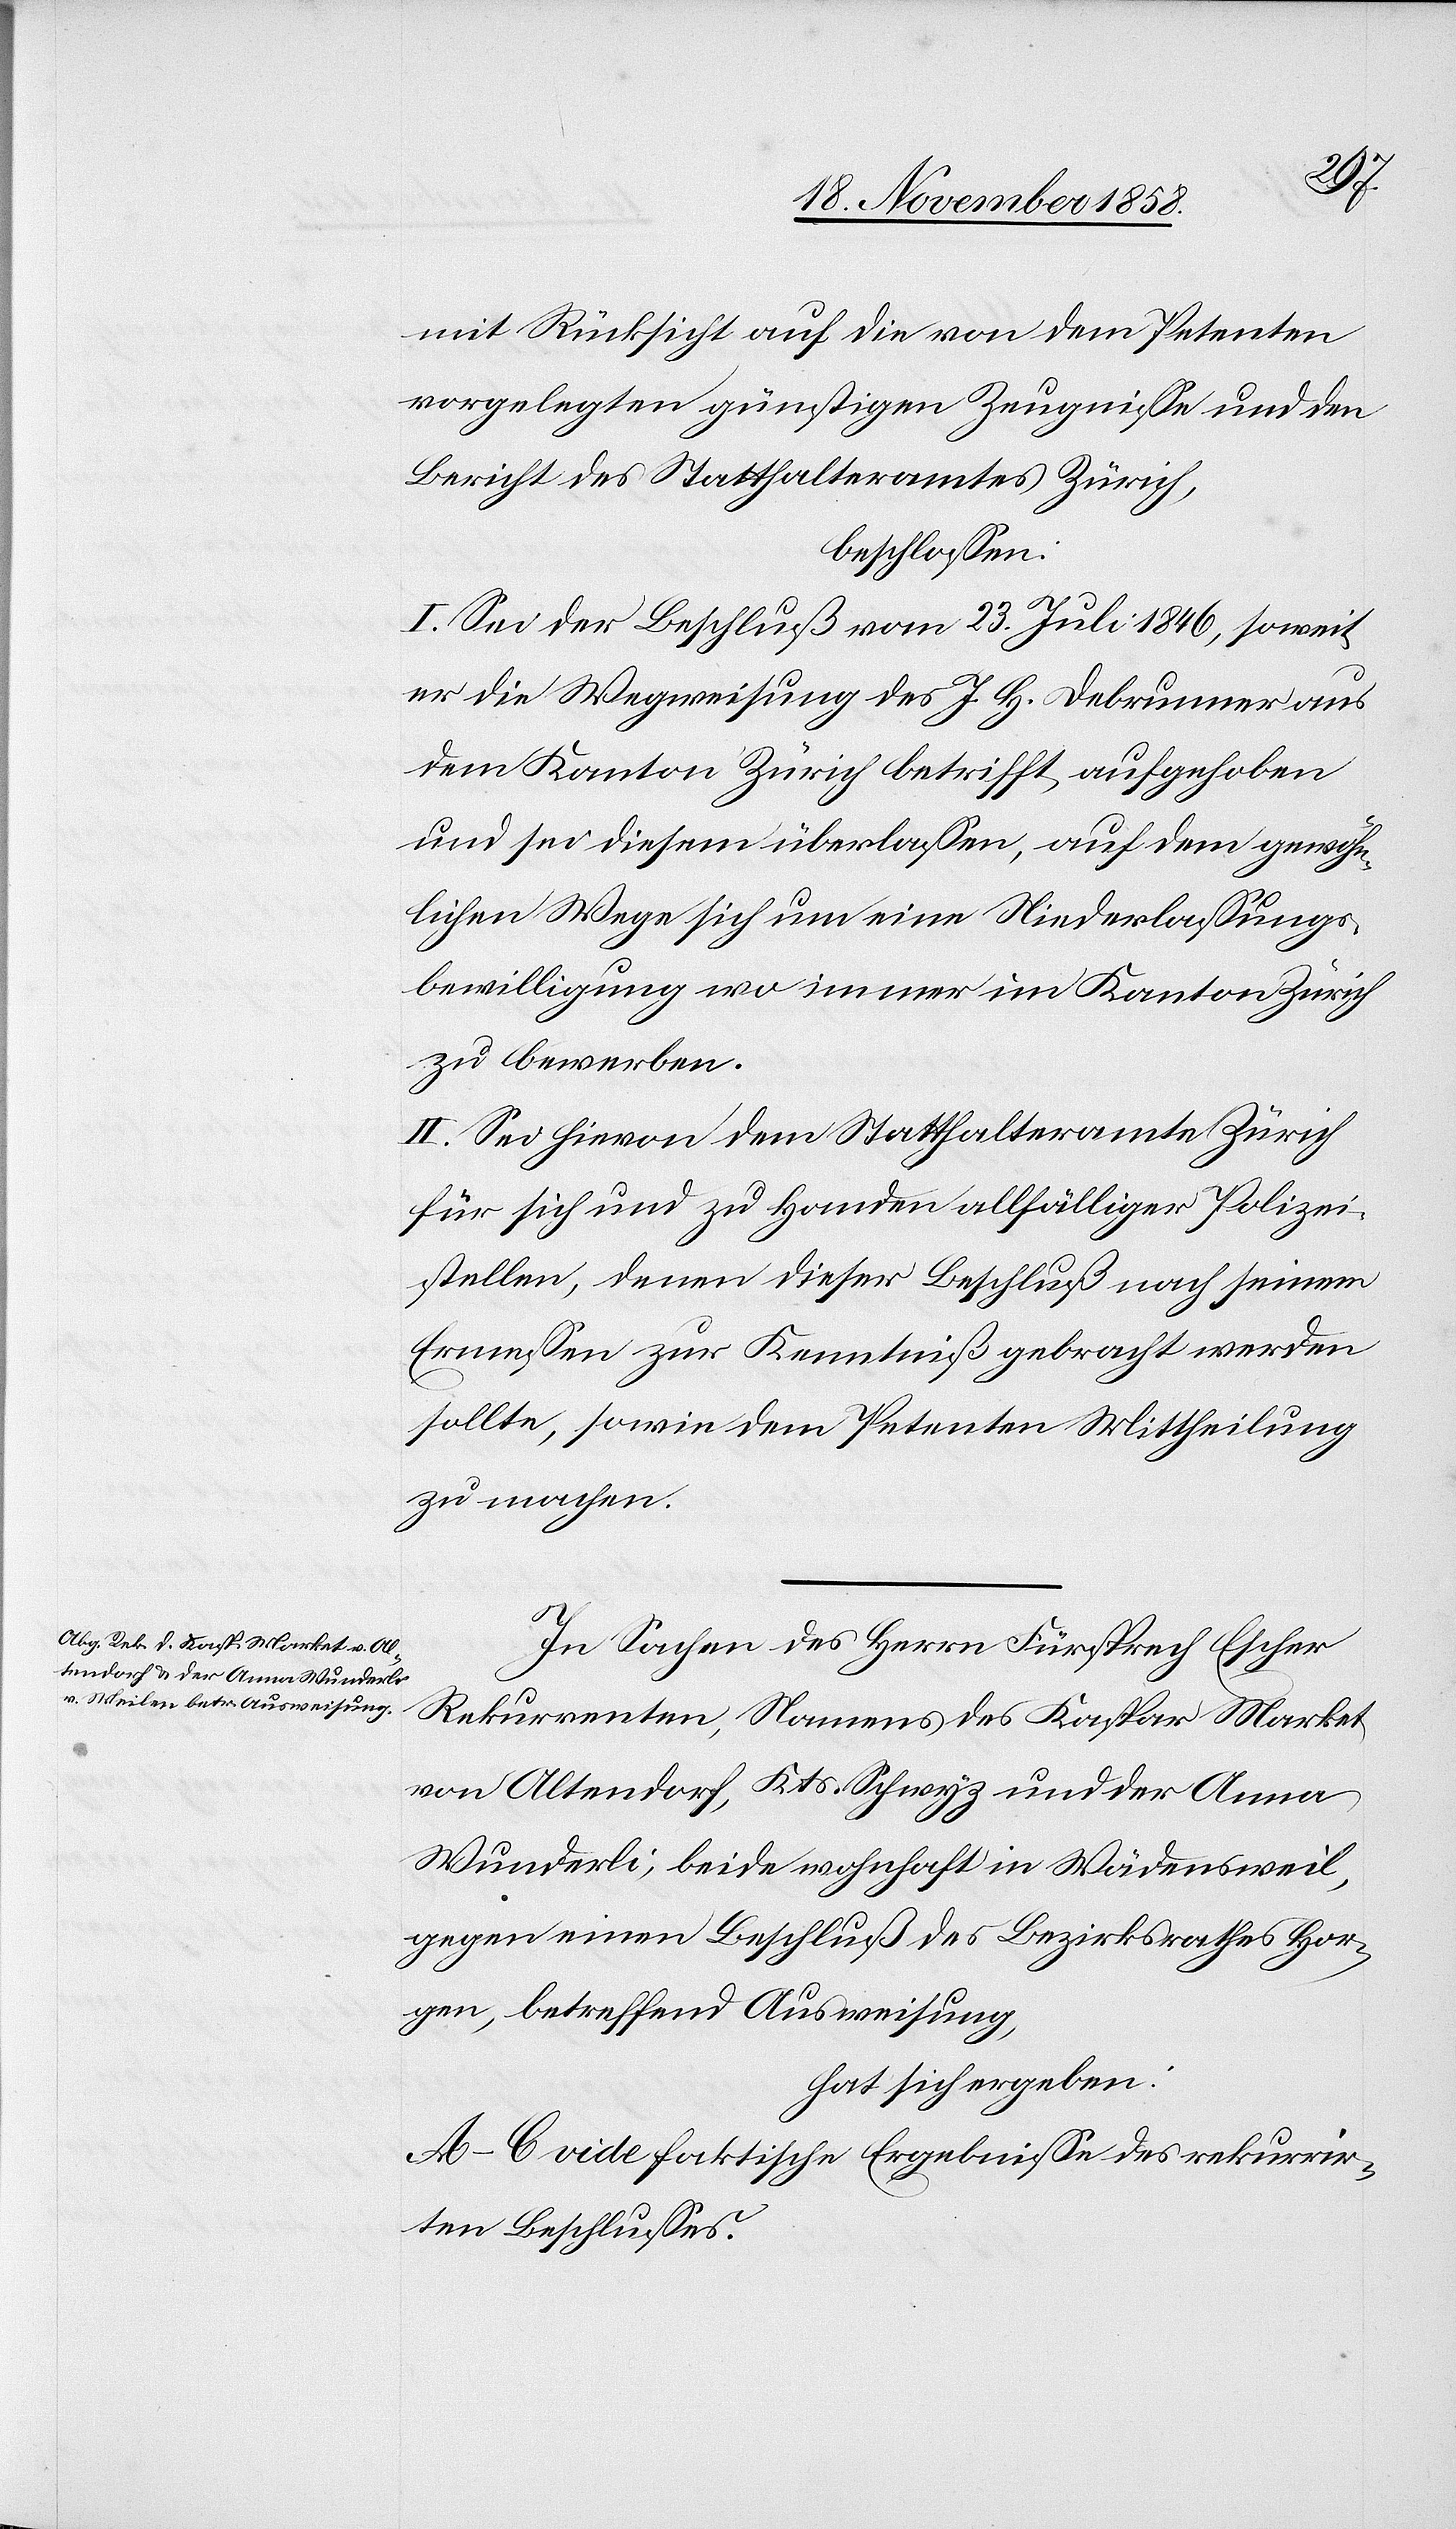
mit Rücksicht auf die von dem Petenten
vorgelegten günstigen Zeugnisse und den
Bericht des Statthalteramtes Zürich,
beschlossen:
I. Sei der Beschluß vom 23. Juli 1846, soweit
er die Wegweisung des J. H. Debrunner aus
dem Kanton Zürich betrifft, aufgehoben
und sei diesem überlassen, auf dem gewöhn¬
lichen Wege sich um eine Niederlassungs¬
bewilligung wo immer im Kanton Zürich
zu bewerben.
II. Sei hievon dem Statthalteramte Zürich
für sich und zu Handen allfälliger Polizei¬
stellen, denen dieser Beschluß nach seinem
Ermessen zur Kenntniß gebracht werden
sollte, sowie dem Petenten Mittheilung
zu machen.
In Sachen des Herrn Fürsprech Escher
Rekurrenten, Namens des Kaspar Market
von Altendorf, Kts. Schwyz und der Anna
Wunderli, beide wohnhaft in Wädensweil,
gegen einen Beschluß des Bezirksrathes Hor¬
gen, betreffend Ausweisung,
hat sich ergeben:
A–C vide faktische Ergebnisse des rekurrir¬
ten Beschlusses.